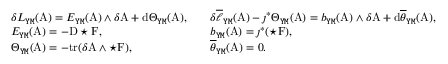
\begin{array} { r l r l } & { \delta L _ { \mathtt { Y M } } ( \mathrm { A } ) = E _ { \mathtt { Y M } } ( \mathrm { A } ) \wedge \delta \mathrm { A } + \mathrm { d } \Theta _ { \mathtt { Y M } } ( \mathrm { A } ) , } & & { \delta \overline { { \ell } } _ { \mathtt { Y M } } ( \mathrm { A } ) - \jmath ^ { * } \Theta _ { \mathtt { Y M } } ( \mathrm { A } ) = b _ { \mathtt { Y M } } ( \mathrm { A } ) \wedge \delta \mathrm { A } + \mathrm { d } \overline { { \theta } } _ { \mathtt { Y M } } ( \mathrm { A } ) , } \\ & { E _ { \mathtt { Y M } } ( \mathrm { A } ) = - \mathrm { D } \star \mathrm { F } , } & & { b _ { \mathtt { Y M } } ( \mathrm { A } ) = \jmath ^ { * } ( \star \mathrm { F } ) , } \\ & { \Theta _ { \mathtt { Y M } } ( \mathrm { A } ) = - \mathrm { t r } ( \delta \mathrm { A } \wedge \star \mathrm { F } ) , } & & { \overline { { \theta } } _ { \mathtt { Y M } } ( \mathrm { A } ) = 0 . } \end{array}